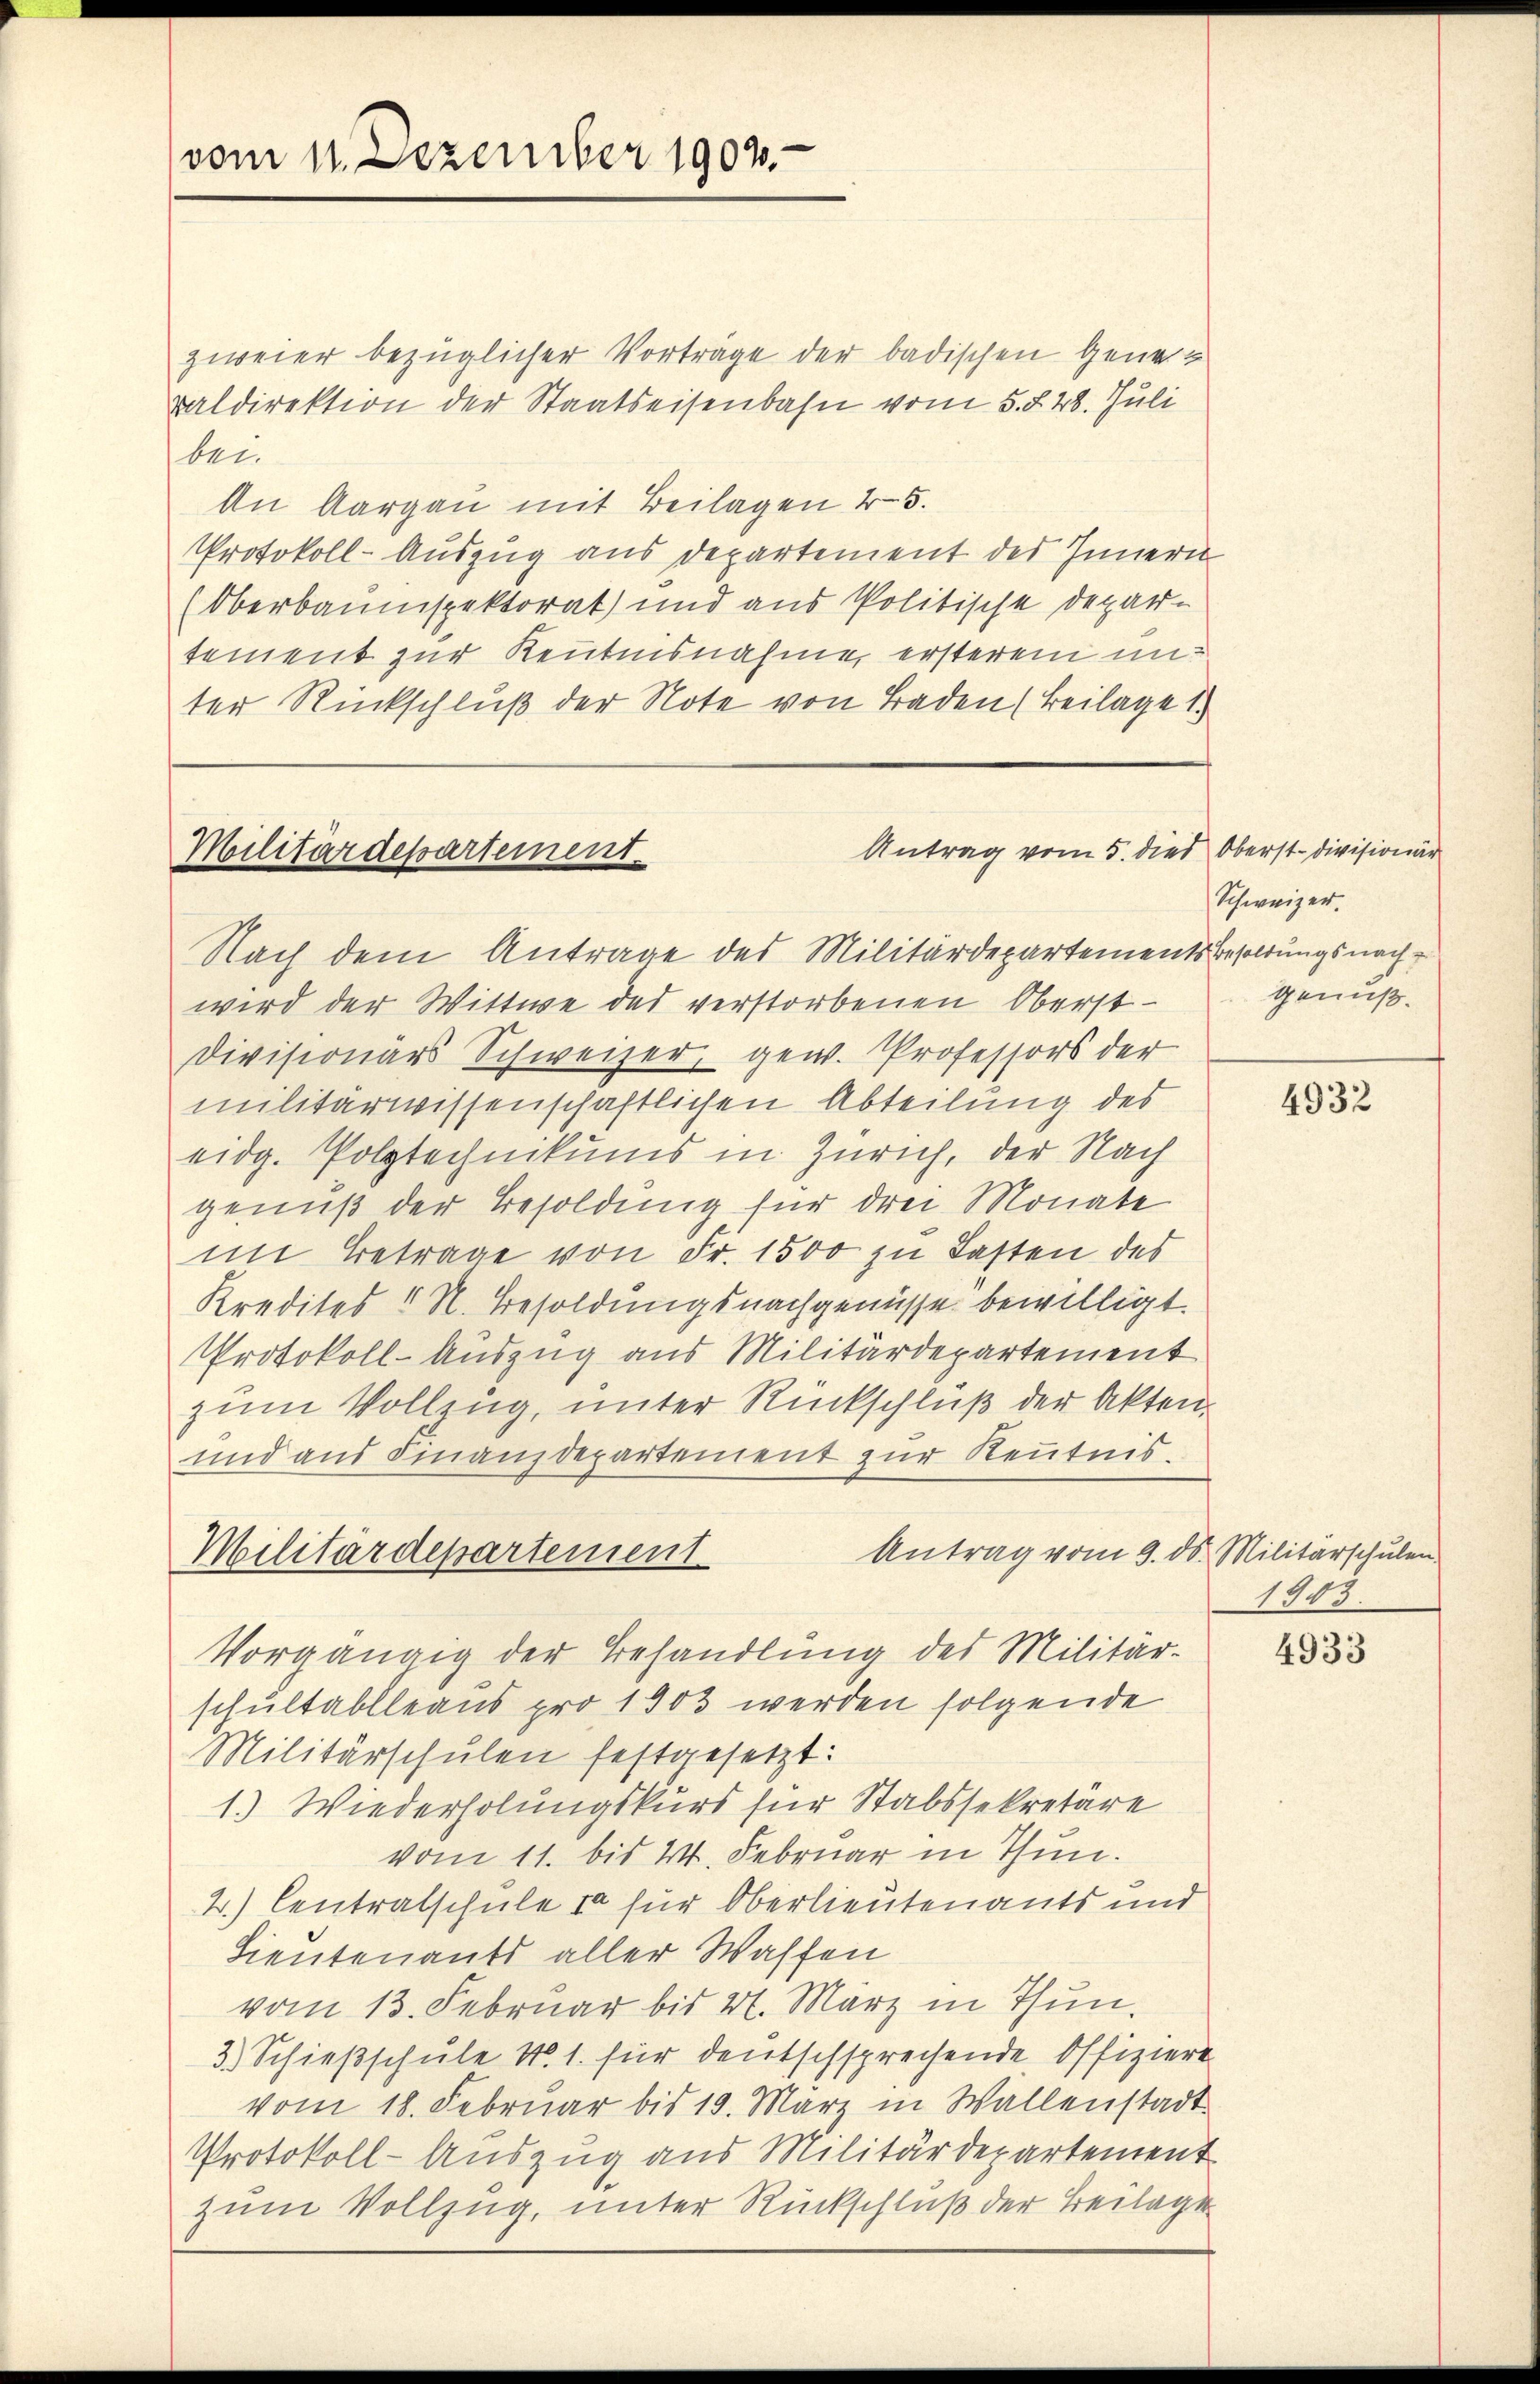
vom 11. Dezember 1903.

zweier bezüglicher Vorträge der badischen Generaldirektion der Staatseisenbahn vom 5. §. 28. Juli
bei
An Aargau mit Beilagen 45.
Protokoll-Auszug aus Departement des Innern
Oberbauinspektorat) und aus Politische Departement zur Kenntnisnahme ersterem unter Rückschluß der Note von Baden (Beilage 1.

Antrag vom 5. dies Oberst-Divisionär
Militärdepartement.

Nach dem Antrage des Militärdepartementsbesoldungsnach
wird der Wittwe des verstorbenen Oberst-
Divisionärs Schweizer, gew. Professors der
militärwissenschaftlichen Abteilung des
eidg. Polytechnikums in Zürich, der Nach
genuß der Besoldung für drei Monate
im Betrage von Fr. 1500 zu Fasten des
Kredites " N. Besoldungsnachgenüsse bewilligt.
Protokoll-Auszug aus Militärdepartement
zum Vollzug, unter Rückschluß der Akten.
und aus Finanzdepartement zur Kenntnis.
Antrag vom 9. ds. Militärschulen.
Militärdepartement
Vorgängig der Behandlung des Militär-
schultablleaus pro 1903 werden folgende
Militärschulen festgesetzt:
1.) Wiederholungskurs für Stabssekretäre
vom 11. bis 24. Februar in Thun.
2.) Centralschule in für Oberlieutenants und
Lieutenants aller Waffen
vom 13. Februar bis 4. März in Thun,
3.) Schießschule No. 1. für deutschsprechende Offiziere
vom 18. Februar bis 19. März in Wallenstadt
Protokoll-Auszug aus Militärdepartement
zum Vollzug, unter Rückschluß der Beilage

Schweizer.
genuß.

4932

1047.

4933